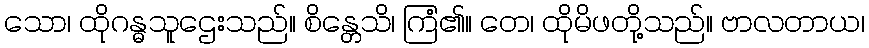
သော၊ ထိုဂန္ဓသူဌေးသည်။ စိန္တေသိ၊ ကြံ၏။ တေ၊ ထိုမိဖတို့သည်။ ဗာလတာယ၊